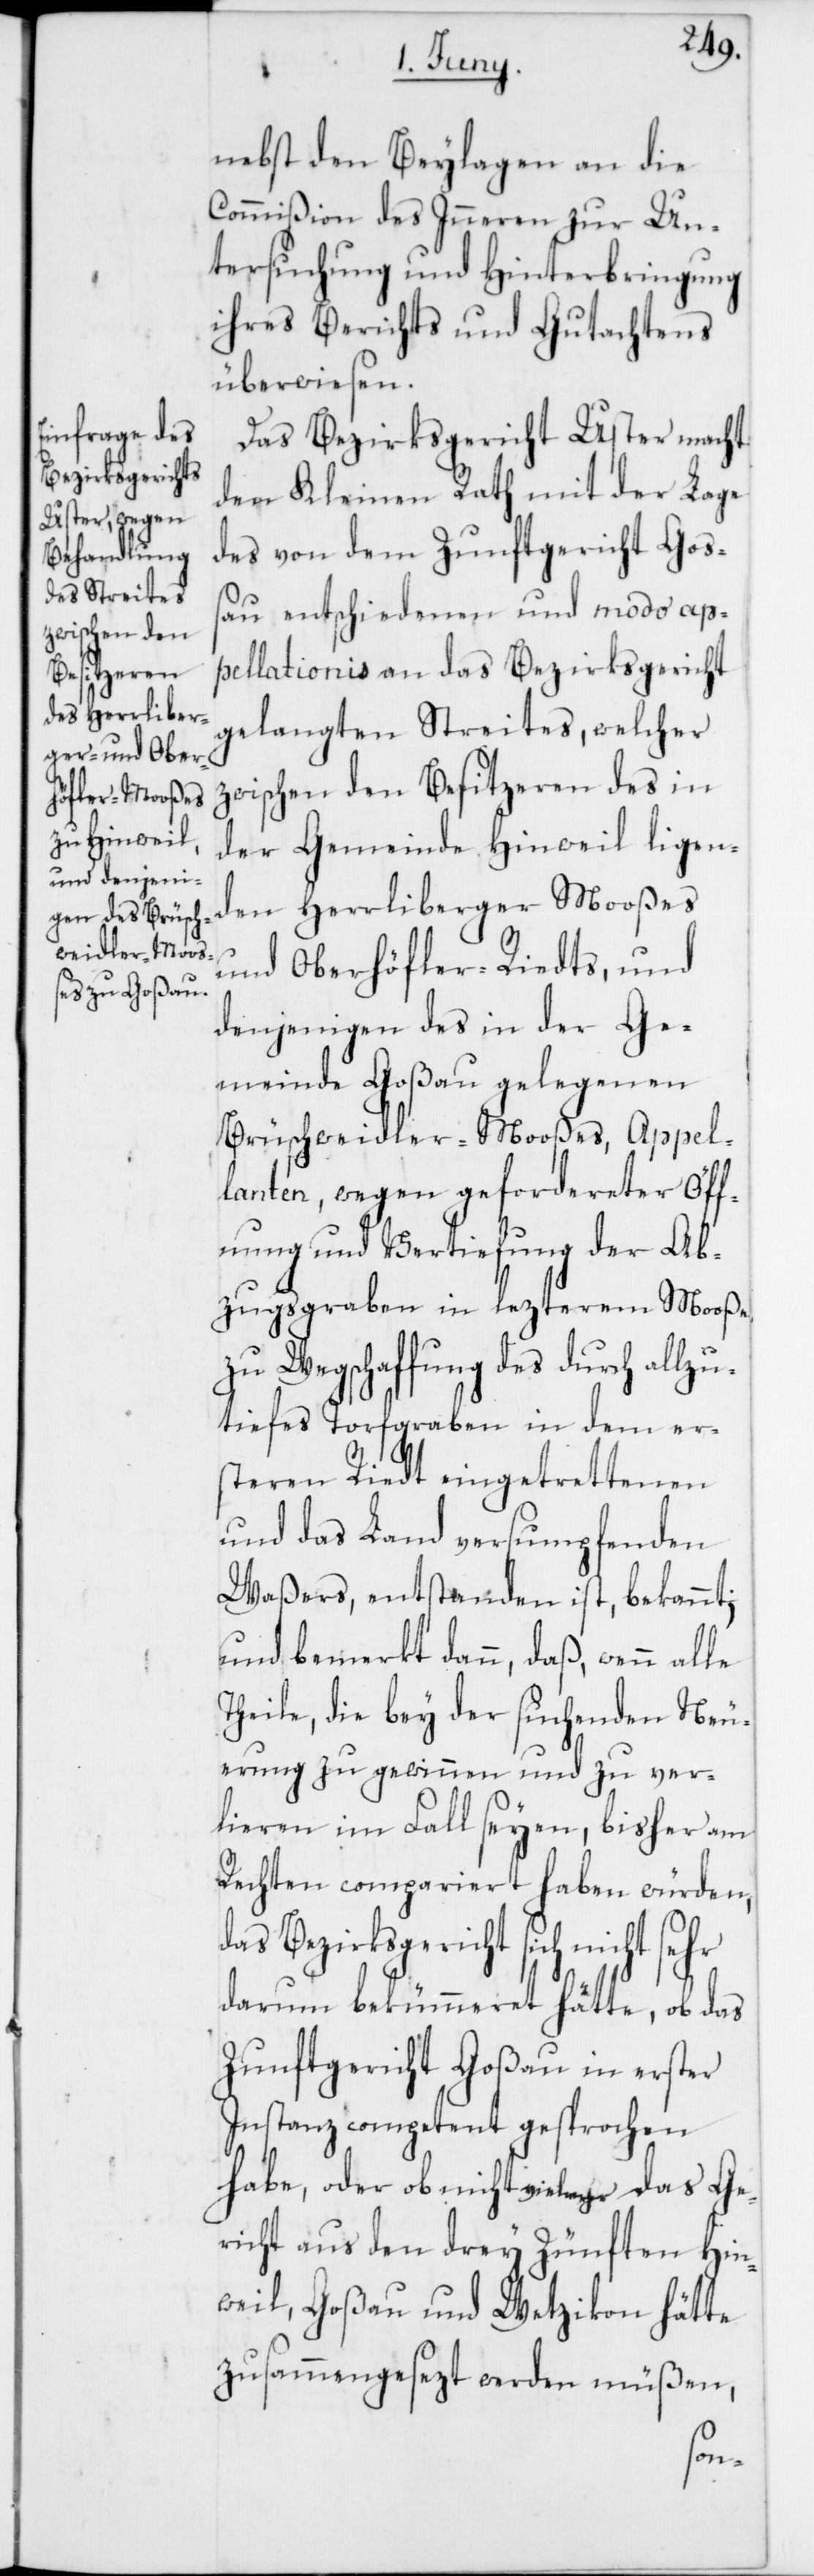
nebst den Beylagen an die
Commißion des Inneren zur Un¬
tersuchung und Hinterbringung
ihres Berichts und Gutachtens
überwiesen.
Das Bezirksgericht Uster macht
dem Kleinen Rath mit der Lage
des von dem Zunftgericht Goß¬
au entschiedenen und modo ap¬
pellationis an das Bezirksgericht
gelangten Streites, welcher
zwischen den Besitzeren des in
der Gemeinde Hinweil ligen¬
den Herrliberger Mooßes
und Oberhöfler-Riedts, und
denjenigen des in der Ge¬
meinde Goßau gelegenen
Brüschweidler-Mooßes, Appel¬
lanten, wegen gefordereter Öff¬
nung und Vertiefung der Ab¬
zugsgraben in lezterem Mooße
zu Wegschaffung des durch allzu
tiefes Torfgraben in dem er¬
steren Riedt eingetrettenen
und das Land versumpfenden
Waßers, entstanden ist, bekannt;
und bemerkt dann, daß, wenn alle
Theile, die bey der suchenden Neu¬
erung zu gewinnen und zu ver¬
lieren im Fall seyen, bisher am
Rechten compariert haben würden,
das Bezirksgericht sich nicht
darum bekümmeret hätte, ob das
Zunftgericht Goßau in erster
Instanz competent gesprochen
habe, oder ob nicht vielmehr das Ge¬
richt aus den drey Zünften Hin¬
weil, Goßau und Wetzikon hätte
zusammengesezt werden müßen,